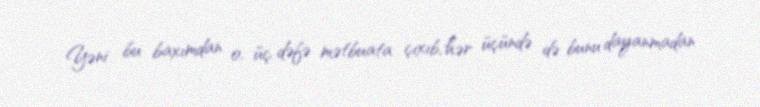
Yəni bu baxımdan o, üç dəfə mətbuata çıxıb, hər üçündə də bunu dayanmadan